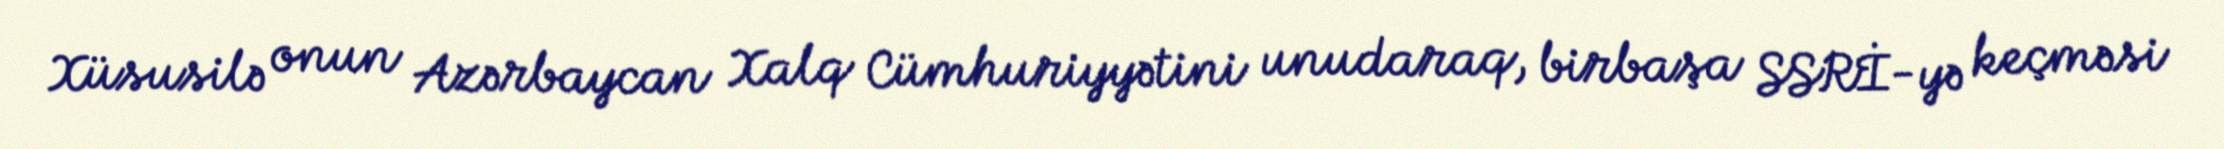
Xüsusilə onun Azərbaycan Xalq Cümhuriyyətini unudaraq, birbaşa SSRİ-yə keçməsi